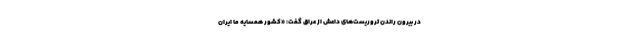
در بیرون راندن تروریست‌های داعش از عراق گفت: «کشور همسایه ما ایران